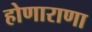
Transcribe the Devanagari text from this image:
होणाराणा